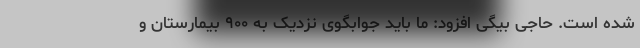
شده است. حاجی بیگی افزود: ما باید جوابگوی نزدیک به ۹۰۰ بیمارستان و